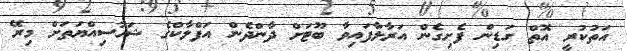
އަތުކުރީ އޮތް ގަޑިން ފެށިގެން އަރާލާފައިވާ ބޫޓަށް ދާންދެން އަފްލާކްގެ ޝަހުސިއްޔަތަށް މިރޭ